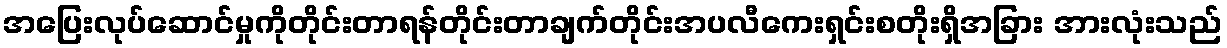
အပြေးလုပ်ဆောင်မှုကိုတိုင်းတာရန်တိုင်းတာချက်တိုင်းအပလီကေးရှင်းစတိုးရှိအခြား အားလုံးသည်